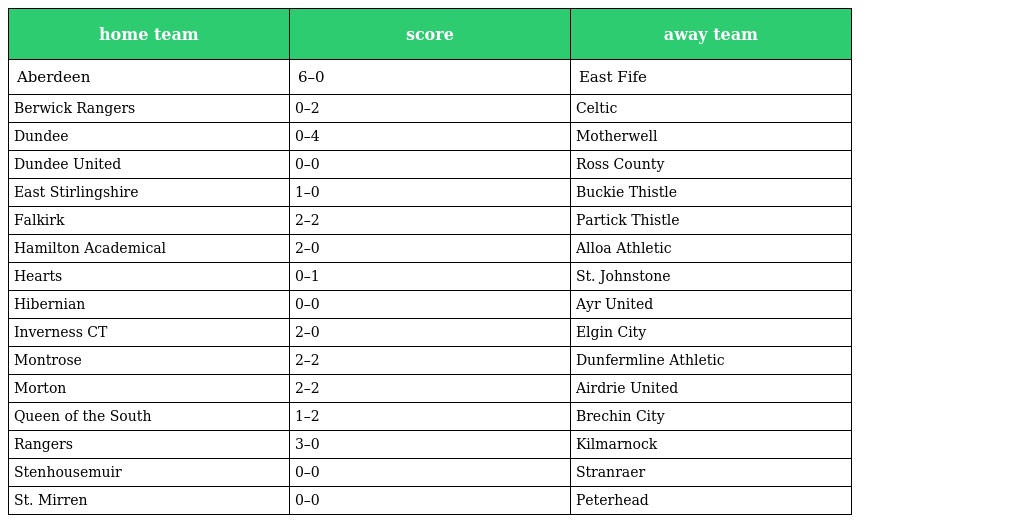
| home team | score | away team |
 | --- | --- | --- |
 | Aberdeen | 6–0 | East Fife |
 | Berwick Rangers | 0–2 | Celtic |
 | Dundee | 0–4 | Motherwell |
 | Dundee United | 0–0 | Ross County |
 | East Stirlingshire | 1–0 | Buckie Thistle |
 | Falkirk | 2–2 | Partick Thistle |
 | Hamilton Academical | 2–0 | Alloa Athletic |
 | Hearts | 0–1 | St. Johnstone |
 | Hibernian | 0–0 | Ayr United |
 | Inverness CT | 2–0 | Elgin City |
 | Montrose | 2–2 | Dunfermline Athletic |
 | Morton | 2–2 | Airdrie United |
 | Queen of the South | 1–2 | Brechin City |
 | Rangers | 3–0 | Kilmarnock |
 | Stenhousemuir | 0–0 | Stranraer |
 | St. Mirren | 0–0 | Peterhead |